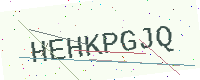
Text: HEHKPGJQ